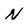
Character: N